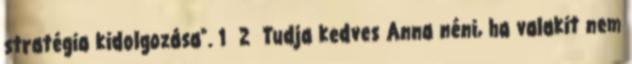
stratégia kidolgozása”. 1 2 Tudja kedves Anna néni, ha valakit nem